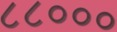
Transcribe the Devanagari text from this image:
८८०००